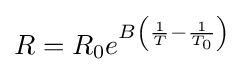
R=R_{0}e^{B\left({\frac {1}{T}}-{\frac {1}{T_{0}}}\right)}